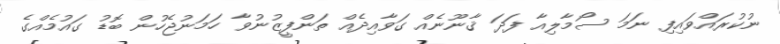
ނުކުރައްވައިފި ނަމަ ސޯމާލިއާ ފަދަ ޤާނޫނެއް ގަވާއިދެއް ތަންފީޒުނުވާ ހަމަނުޖެހުން ބޮޑު ގައުމެއްގެ